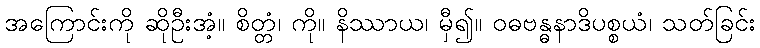
အကြောင်းကို ဆိုဦးအံ့။ စိတ္တံ၊ ကို။ နိဿာယ၊ မှီ၍။ ဝဓဗန္ဓနာဒိပစ္စယံ၊ သတ်ခြင်း